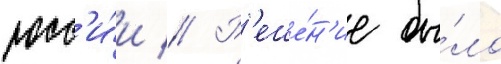
росс'и́и // Р'еше́н'ие бы́ло